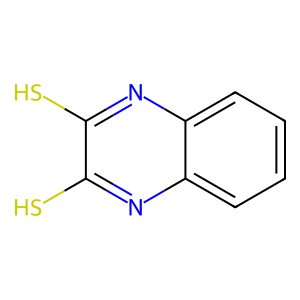
SMILES: Sc1nc2ccccc2nc1S
Inhibits HIV replication: No